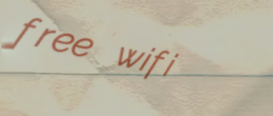
free wifi